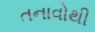
તનાવોથી